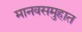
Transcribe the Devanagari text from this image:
मानवसमुहात